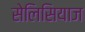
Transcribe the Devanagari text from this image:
सेलिसियाज